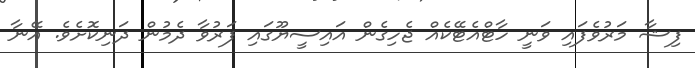
ފިޝާ މަރުވެފައި ވަނީ ހާޓްއެޓޭކެއް ޖެހިގެން އައިސީޔޫގައި ފަރުވާ ދެމުން ދަނިކޮށެވެ. އޭނާ